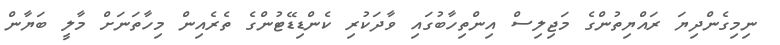
ނިމިގެންދިޔަ ރައްޔިތުންގެ މަޖިލިސް އިންތިހާބުގައި ވާދަކުރި ކެންޑިޑޭޓުންގެ ތެރެއިން މިހާތަނަށް މާލީ ބަޔާން